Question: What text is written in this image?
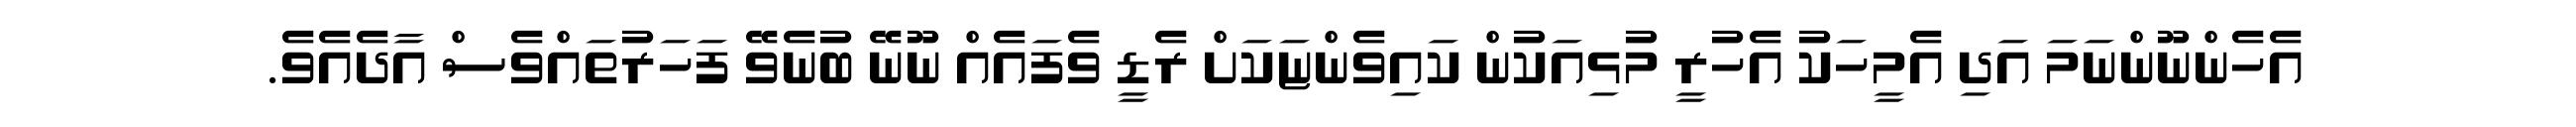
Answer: އެހެންނޫންނަމަ އަދި އެމީހަކު އެހުރީ މުޅިއަކުން ކައިވެންޏަކަށް ރެޑީ ވެފައެއް ނޫނޭ ބުނެވޭ ފަހަރުތައްވެސް އާދެއެވެ.